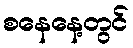
စနေနေ့တွင်